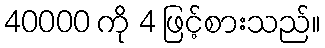
40000 ကို 4 ဖြင့်စားသည်။